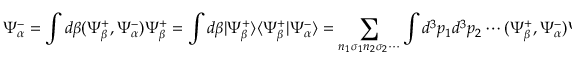
\Psi _ { \alpha } ^ { - } = \int d \beta ( \Psi _ { \beta } ^ { + } , \Psi _ { \alpha } ^ { - } ) \Psi _ { \beta } ^ { + } = \int d \beta | \Psi _ { \beta } ^ { + } \rangle \langle \Psi _ { \beta } ^ { + } | \Psi _ { \alpha } ^ { - } \rangle = \sum _ { n _ { 1 } \sigma _ { 1 } n _ { 2 } \sigma _ { 2 } \cdots } \int d ^ { 3 } p _ { 1 } d ^ { 3 } p _ { 2 } \cdots ( \Psi _ { \beta } ^ { + } , \Psi _ { \alpha } ^ { - } ) \Psi _ { \beta } ^ { + } ,